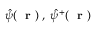
\hat { \psi } ( \mathrm { ~ \bf ~ r ~ } ) \; , \; \hat { \psi } ^ { + } ( \mathrm { ~ \bf ~ r ~ } )